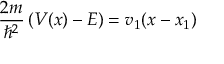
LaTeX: { \frac { 2 m } { \hbar ^ { 2 } } } \left( V ( x ) - E \right) = v _ { 1 } ( x - x _ { 1 } )